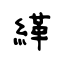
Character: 緙